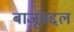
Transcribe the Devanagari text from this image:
बाजूंबद्दल